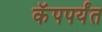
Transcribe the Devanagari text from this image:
कॅपपर्यंत